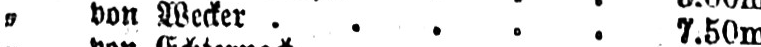
„ von Wecker ..... 7.50m